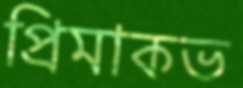
প্রিমাকভ